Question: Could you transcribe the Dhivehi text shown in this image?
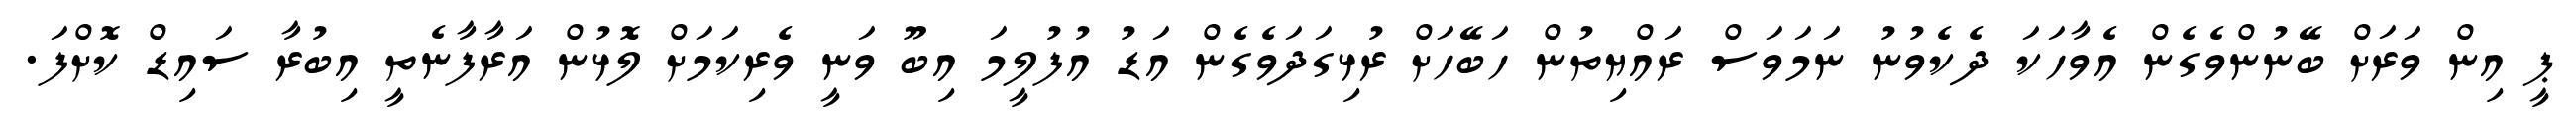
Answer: ޕީ އިން ވަރަށް ބޭނުންވެގެން އެވާހަކަ ދެކެވުނު ނަމަވަސް ރައްޔިތުން ހަބޭހަށް ރުޅިގަދަވެގެން އަޑު އުފުލީމަ އިބޫ ވަނީ ވެރިކަމަށް ލޮޅުން އަރާފާނެތީ އިބުރާ ސައިޑް ކޮށްފަ.